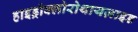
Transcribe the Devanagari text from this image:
हाइड्रोक्लोरोथायज़ाइड